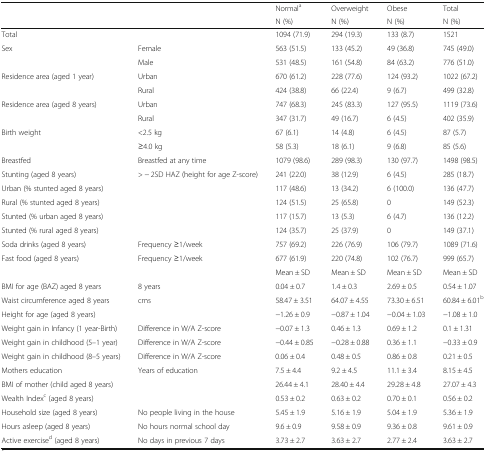
<table><thead><tr><td></td><td></td><td><b>Normal<sup>a</sup></b></td><td><b>Overweight</b></td><td><b>Obese</b></td><td><b>Total</b></td></tr><tr><td></td><td></td><td><b>N (%)</b></td><td><b>N (%)</b></td><td><b>N (%)</b></td><td><b>N (%)</b></td></tr></thead><tbody><tr><td>Total</td><td></td><td>1094 (71.9)</td><td>294 (19.3)</td><td>133 (8.7)</td><td>1521</td></tr><tr><td rowspan="2">Sex</td><td>Female</td><td>563 (51.5)</td><td>133 (45.2)</td><td>49 (36.8)</td><td>745 (49.0)</td></tr><tr><td>Male</td><td>531 (48.5)</td><td>161 (54.8)</td><td>84 (63.2)</td><td>776 (51.0)</td></tr><tr><td rowspan="2">Residence area (aged 1 year)</td><td>Urban</td><td>670 (61.2)</td><td>228 (77.6)</td><td>124 (93.2)</td><td>1022 (67.2)</td></tr><tr><td>Rural</td><td>424 (38.8)</td><td>66 (22.4)</td><td>9 (6.7)</td><td>499 (32.8)</td></tr><tr><td rowspan="2">Residence area (aged 8 years)</td><td>Urban</td><td>747 (68.3)</td><td>245 (83.3)</td><td>127 (95.5)</td><td>1119 (73.6)</td></tr><tr><td>Rural</td><td>347 (31.7)</td><td>49 (16.7)</td><td>6 (4.5)</td><td>402 (35.9)</td></tr><tr><td rowspan="2">Birth weight</td><td>&lt;2.5 kg</td><td>67 (6.1)</td><td>14 (4.8)</td><td>6 (4.5)</td><td>87 (5.7)</td></tr><tr><td>≥4.0 kg</td><td>58 (5.3)</td><td>18 (6.1)</td><td>9 (6.8)</td><td>85 (5.6)</td></tr><tr><td>Breastfed</td><td>Breastfed at any time</td><td>1079 (98.6)</td><td>289 (98.3)</td><td>130 (97.7)</td><td>1498 (98.5)</td></tr><tr><td>Stunting (aged 8 years)</td><td rowspan="5">&gt; − 2SD HAZ (height for age Z-score)</td><td>241 (22.0)</td><td>38 (12.9)</td><td>6 (4.5)</td><td>285 (18.7)</td></tr><tr><td>Urban (% stunted aged 8 years)</td><td>117 (48.6)</td><td>13 (34.2)</td><td>6 (100.0)</td><td>136 (47.7)</td></tr><tr><td>Rural (% stunted aged 8 years)</td><td>124 (51.5)</td><td>25 (65.8)</td><td>0</td><td>149 (52.3)</td></tr><tr><td>Stunted (% urban aged 8 years)</td><td>117 (15.7)</td><td>13 (5.3)</td><td>6 (4.7)</td><td>136 (12.2)</td></tr><tr><td>Stunted (% rural aged 8 years)</td><td>124 (35.7)</td><td>25 (37.9)</td><td>0</td><td>149 (37.1)</td></tr><tr><td>Soda drinks (aged 8 years)</td><td>Frequency ≥1/week</td><td>757 (69.2)</td><td>226 (76.9)</td><td>106 (79.7)</td><td>1089 (71.6)</td></tr><tr><td>Fast food (aged 8 years)</td><td>Frequency ≥1/week</td><td>677 (61.9)</td><td>220 (74.8)</td><td>102 (76.7)</td><td>999 (65.7)</td></tr><tr><td></td><td></td><td>Mean ± SD</td><td>Mean ± SD</td><td>Mean ± SD</td><td>Mean ± SD</td></tr><tr><td>BMI for age (BAZ) aged 8 years</td><td>8 years</td><td>0.04 ± 0.7</td><td>1.4 ± 0.3</td><td>2.69 ± 0.5</td><td>0.54 ± 1.07</td></tr><tr><td>Waist circumference aged 8 years</td><td>cms</td><td>58.47 ± 3.51</td><td>64.07 ± 4.55</td><td>73.30 ± 6.51</td><td>60.84 ± 6.01<sup>b</sup></td></tr><tr><td>Height for age (aged 8 years)</td><td></td><td>−1.26 ± 0.9</td><td>−0.87 ± 1.04</td><td>−0.04 ± 1.03</td><td>−1.08 ± 1.0</td></tr><tr><td>Weight gain in Infancy (1 year-Birth)</td><td>Difference in W/A Z-score</td><td>−0.07 ± 1.3</td><td>0.46 ± 1.3</td><td>0.69 ± 1.2</td><td>0.1 ± 1.31</td></tr><tr><td>Weight gain in childhood (5–1 year)</td><td>Difference in W/A Z-score</td><td>−0.44 ± 0.85</td><td>−0.28 ± 0.88</td><td>0.36 ± 1.1</td><td>−0.33 ± 0.9</td></tr><tr><td>Weight gain in childhood (8–5 years)</td><td>Difference in W/A Z-score</td><td>0.06 ± 0.4</td><td>0.48 ± 0.5</td><td>0.86 ± 0.8</td><td>0.21 ± 0.5</td></tr><tr><td>Mothers education</td><td>Years of education</td><td>7.5 ± 4.4</td><td>9.2 ± 4.5</td><td>11.1 ± 3.4</td><td>8.15 ± 4.5</td></tr><tr><td>BMI of mother (child aged 8 years)</td><td></td><td>26.44 ± 4.1</td><td>28.40 ± 4.4</td><td>29.28 ± 4.8</td><td>27.07 ± 4.3</td></tr><tr><td>Wealth Index<sup>c</sup> (aged 8 years)</td><td></td><td>0.53 ± 0.2</td><td>0.63 ± 0.2</td><td>0.70 ± 0.1</td><td>0.56 ± 0.2</td></tr><tr><td>Household size (aged 8 years)</td><td>No people living in the house</td><td>5.45 ± 1.9</td><td>5.16 ± 1.9</td><td>5.04 ± 1.9</td><td>5.36 ± 1.9</td></tr><tr><td>Hours asleep (aged 8 years)</td><td>No hours normal school day</td><td>9.6 ± 0.9</td><td>9.58 ± 0.9</td><td>9.36 ± 0.8</td><td>9.61 ± 0.9</td></tr><tr><td>Active exercise<sup>d</sup> (aged 8 years)</td><td>No days in previous 7 days</td><td>3.73 ± 2.7</td><td>3.63 ± 2.7</td><td>2.77 ± 2.4</td><td>3.63 ± 2.7</td></tr></tbody></table>